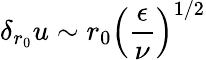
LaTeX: \delta_{r_{0}}u\sim r_{0}\left(\frac{\epsilon}{\nu}\right)^{1/2}